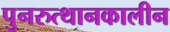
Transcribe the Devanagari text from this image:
पुनरुत्थानकालीन